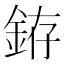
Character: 銌